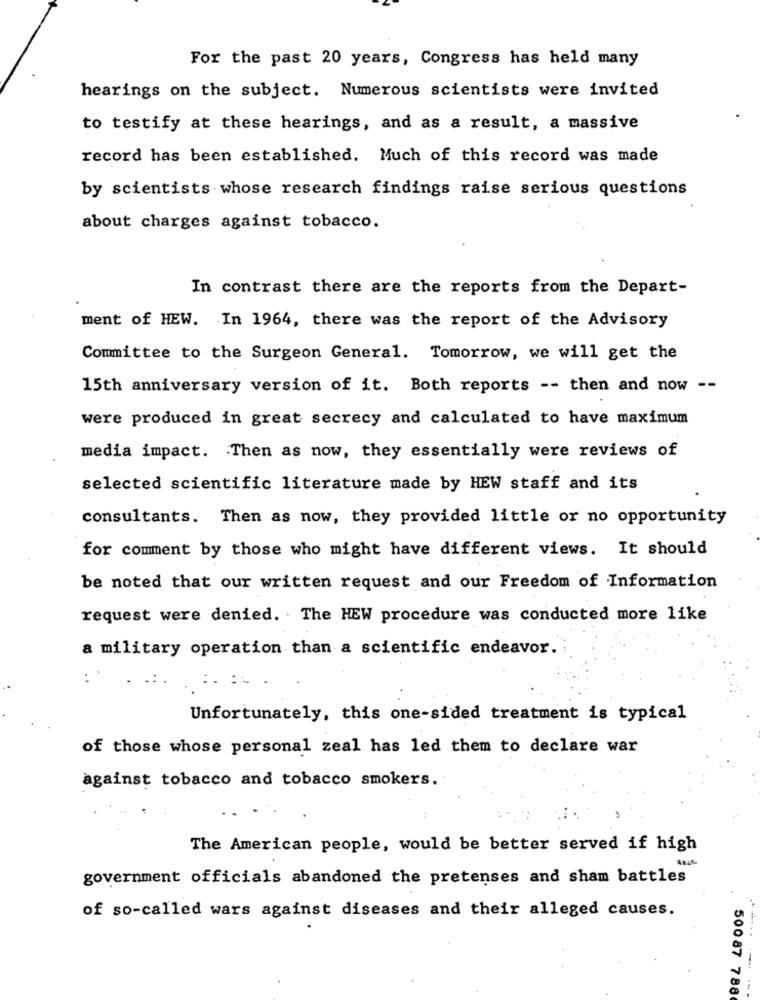
For the past 20 years, Congress has held many
hearings on the subject. Numerous scientists were invited
to testify at these hearings, and as a result, a massive
record has been established. Much of this record was made
by scientists whose research findings raise serious questions
about charges against tobacco.
In contrast there are the reports from the Depart-
ment of HEW. In 1964, there was the report of the Advisory
Committee to the Surgeon General. Tomorrow, we will get the
15th anniversary version of it. Both reports -- then and now --
were produced in great secrecy and calculated to have maximum
media impact. Then as now, they essentially were reviews of
selected scientific literature made by HEW staff and its
consultants. Then as now, they provided little or no opportunity
for comment by those who might have different views. It should
be noted that our written request and our Freedom of Information
request were denied. The HEW procedure was conducted more like
a military operation than a scientific endeavor.
Unfortunately, this one-sided treatment is typical
of those whose personal zeal has led them to declare war
against tobacco and tobacco smokers.
The American people, would be better served if high
government officials abandoned the pretenses and sham battles
of so-called wars against diseases and their alleged causes.
50087 788